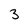
Character: 3